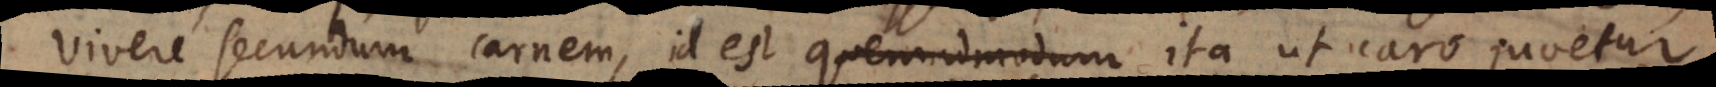
vivere secundum carnem, id est ita ut caro juvetur,